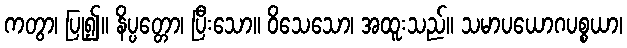
ကတွာ၊ ပြု၍။ နိပ္ပတ္တော၊ ပြီးသော။ ဝိသေသော၊ အထူးသည်။ သမာပယောဂပစ္စယာ၊